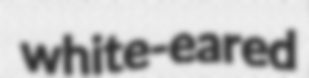
white-eared